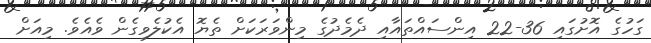
ގަހުގެ އޮށުގައި 36-22 އިންސައްތައާއި ދެމެދުގެ މިންވަރަކަށް ތެޔޮ އެކުލެވިގެން ވެއެވެ. މިއަށް